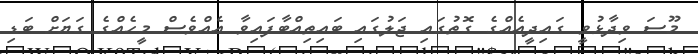
މޫސަ ވިދާޅުވީ ގައިދީއެއްގެ ގޮތުގައި ޖަލުގައި ބައިތިއްބާފައިވާ އެއްވެސް މީހެއްގެ ގަޔަށް ބަޑި